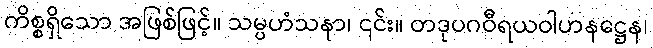
ကိစ္စရှိသော အဖြစ်ဖြင့်။ သမ္ပဟံသနာ၊ ၎င်း။ တဒုပဂဝီရယဝါဟနဋ္ဌေန၊